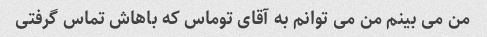
من می بینم من می توانم به آقای توماس که باهاش ​​تماس گرفتی